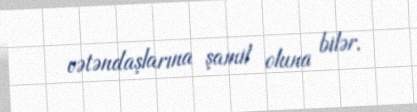
vətəndaşlarına şamil oluna bilər.